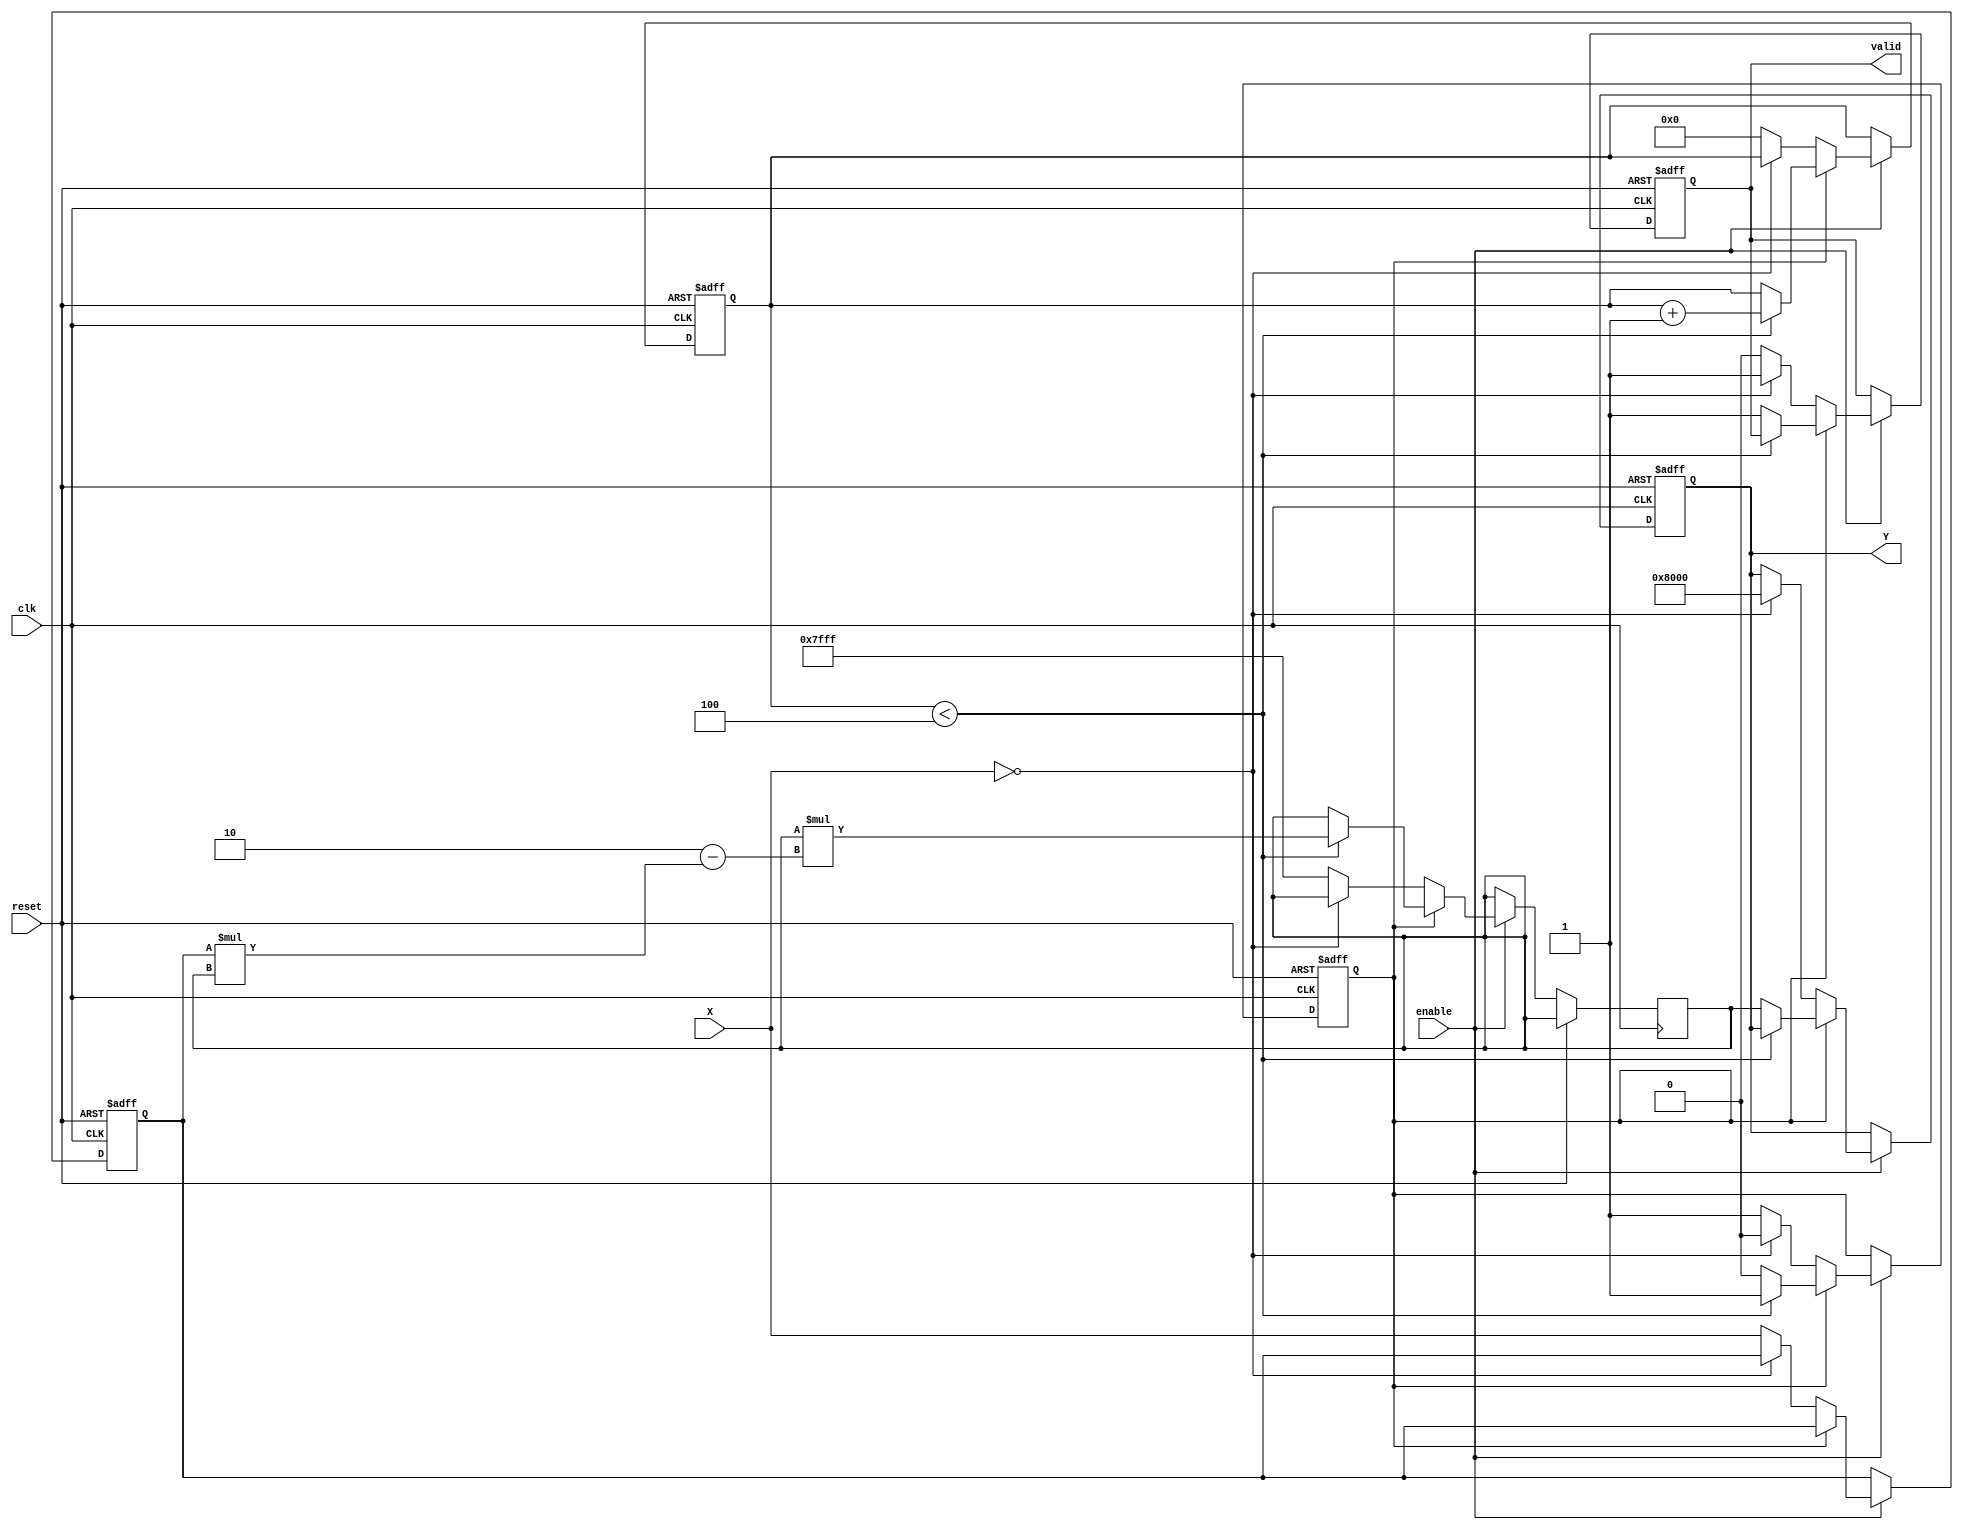
module binary_fractional_reciprocal #(parameter N = 16)(
    input wire clk,
    input wire reset,
    input wire enable,
    input wire [N-1:0] X,  // Input: fixed-point number in [0, 1)
    output reg [N-1:0] Y,  // Output: reciprocal of X
    output reg valid        // Output valid signal
);

    reg [N-1:0] Y_next;
    reg [N-1:0] X_reg;
    reg [3:0] iteration; // Counter for iterations
    reg busy;

    localparam MAX_VALUE = {1'b1, {N-1{1'b0}}}; // Maximum representable value for N bits

    always @(posedge clk or posedge reset) begin
        if (reset) begin
            Y <= 0;
            X_reg <= 0;
            valid <= 0;
            iteration <= 0;
            busy <= 0;
        end else if (enable) begin
            if (!busy) begin
                if (X == 0) begin
                    Y <= MAX_VALUE; // Handle division by zero
                    valid <= 1;
                end else begin
                    // Initialize Y with an approximation (e.g., 1)
                    Y_next <= {1'b0, {N-1{1'b1}}}; // Initial guess; adjust as needed
                    X_reg <= X;
                    iteration <= 0;
                    busy <= 1;
                    valid <= 0;
                end
            end else begin
                // Newton-Raphson iteration
                if (iteration < 4) begin // Max 4 iterations for precision
                    Y_next <= Y_next * (2 - X_reg * Y_next);
                    iteration <= iteration + 1;
                end else begin
                    Y <= Y_next; // Final reciprocal value
                    valid <= 1;  // Output valid after computation
                    busy <= 0;   // Reset busy state
                end
            end
        end
    end
endmodule